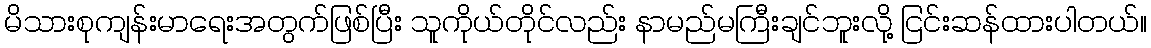
မိသားစုကျန်းမာရေးအတွက်ဖြစ်ပြီး သူကိုယ်တိုင်လည်း နာမည်မကြီးချင်ဘူးလို့ ငြင်းဆန်ထားပါတယ်။